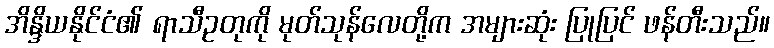
အိန္ဒိယနိုင်ငံ၏ ရာသီဥတုကို မုတ်သုန်လေတို့က အများဆုံး ပြုပြင် ဖန်တီးသည်။